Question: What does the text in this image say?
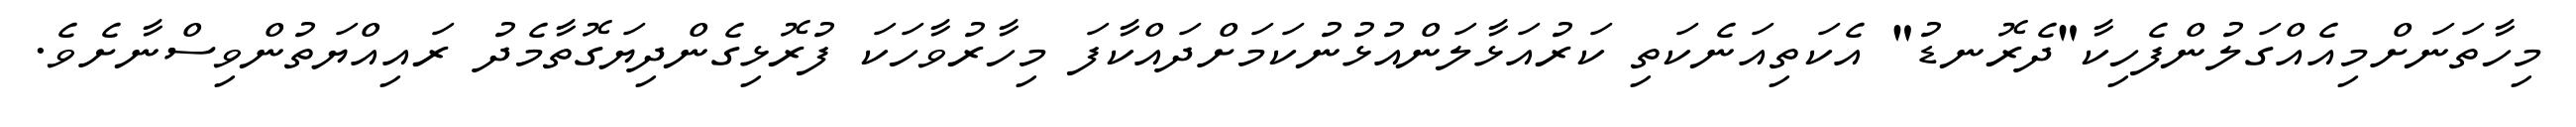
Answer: މިހާތަނަށްމިއެއްގަލުންފެހިކާ"ދެރޮނޑު" އެކަތިއަނެކަތި ކަރުއަޅާލަންއުޅުނުކަމަށްދައްކާފަ މިހާރުވާހަކަ ފުރޮޅިގެންދިޔަގޮތާމެދު ރައިއްޔަތުންވިސްނާށެވެ.